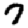
Digit: 7